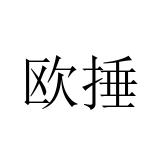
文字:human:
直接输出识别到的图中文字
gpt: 欧捶